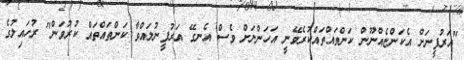
"އަރުފީނަށް އެކަންޏެއްނޫން ކަންތައްތައްކުރެވޭނީ އަހަންނަށް ވެސް އެނގޭ އަރުފީނުލައްވާ ކަންތައްތައް ކުރުވަން" ރުހައިލުގެ